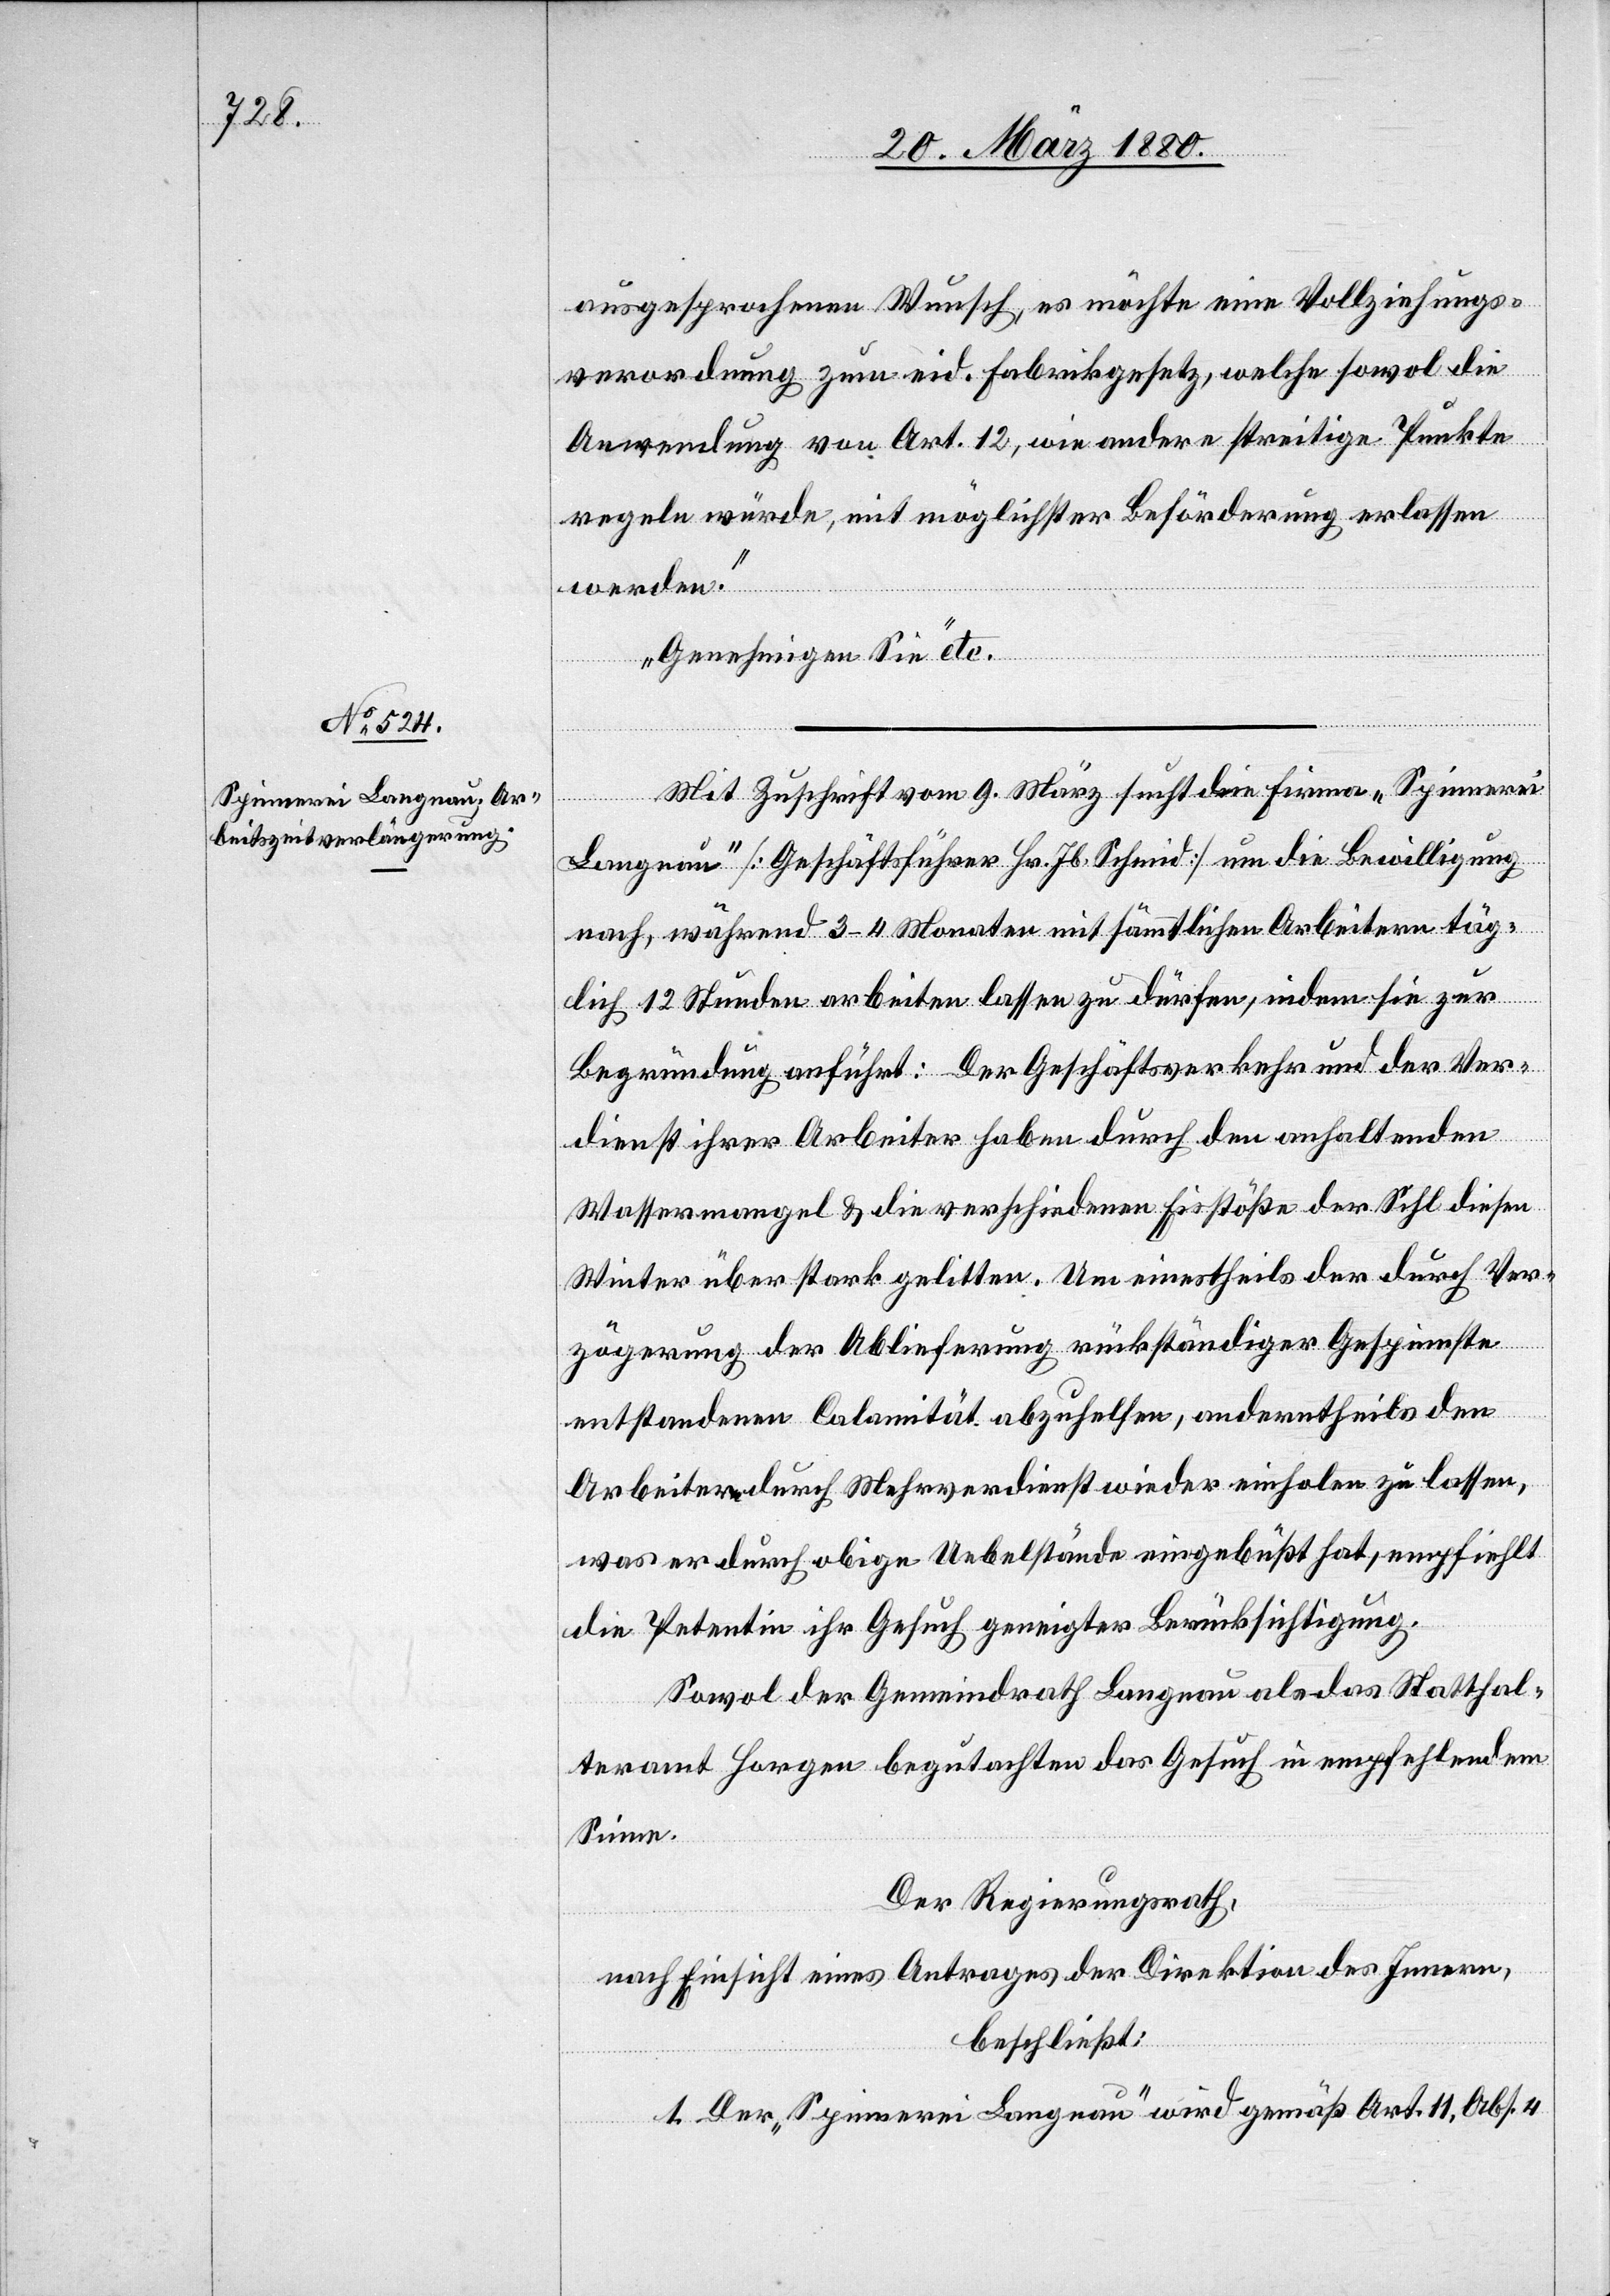
ausgesprochenen Wunsch, es möchte eine Vollziehungs¬
verordnung zum eid. Fabrikgesetz, welche sowol die
Anwendung von Art. 12, wie andere streitige Punkte
regeln würde, mit möglichster Beförderung erlassen
werden.
Genehmigen Sie“ etc.
Mit Zuschrift vom 9. März sucht die Firma „Spinnerei
Langnau“ [Geschäftsführer Hr. Jb. Schmid] um die Bewilligung
nach, während 3–4 Monaten mit sämmtlichen Arbeitern täg¬
lich 12 Stunden arbeiten lassen zu dürfen, indem sie zur
Begründung anführt: Der Geschäftsverkehr und der Ver¬
dienst ihrer Arbeiter haben durch den anhaltenden
Wassermangel & die verschiedenen Eisstöße der Sihl diesen
Winter über stark gelitten. Um einstheils der durch Ver¬
zögerung der Ablieferung rückständiger Gespinste
entstandenen Calamität abzuhelfen, anderntheils den
Arbeiter durch Mehrverdienst wieder einholen zu lassen,
was er durch obige Uebelstände eingebüßt hat, empfiehlt
die Petentin ihr Gesuch geneigter Berücksichtigung.
Sowol der Gemeindrath Langnau als das Statthal¬
teramt Horgen begutachten das Gesuch in empfehlendem
Sinne.
Der Regierungsrath,
nach Einsicht eines Antrages der Direktion des Innern,
beschließt:
1. Der „Spinnerei Langnau“ wird gemäß Art. 11, Abs. 4